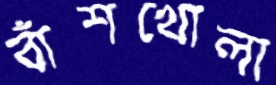
বাঁশখোলা